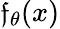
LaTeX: \mathfrak{f}_{\theta}(x)